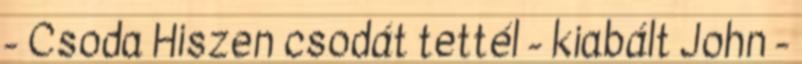
- Csoda Hiszen csodát tettél - kiabált John -